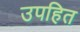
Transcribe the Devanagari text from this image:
उपहित